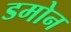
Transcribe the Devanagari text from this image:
डमोन